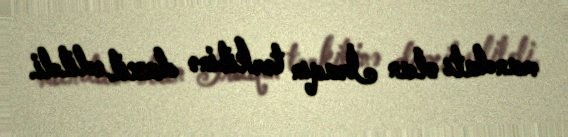
mandatı olan İraqın tərkibinə daxil edildi.